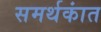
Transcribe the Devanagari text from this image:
समर्थकांत